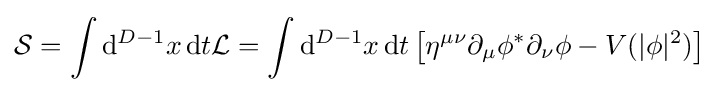
{\mathcal {S}}=\int \mathrm {d} ^{D-1}x\,\mathrm {d} t{\mathcal {L}}=\int \mathrm {d} ^{D-1}x\,\mathrm {d} t\left[\eta ^{\mu \nu }\partial _{\mu }\phi ^{*}\partial _{\nu }\phi -V(|\phi |^{2})\right]